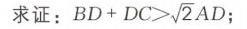
求证：\(BD + DC>\sqrt{2}AD\)；